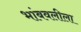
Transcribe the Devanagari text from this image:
भांबवलीला